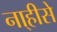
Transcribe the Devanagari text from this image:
ना्हीसे